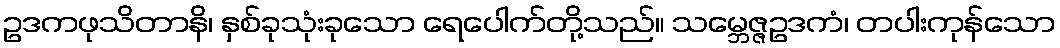
ဥဒကဖုသိတာနိ၊ နှစ်ခုသုံးခုသော ရေပေါက်တို့သည်။ သမ္ဘေဇ္ဇဥဒကံ၊ တပါးကုန်သော